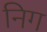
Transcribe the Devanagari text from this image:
निग